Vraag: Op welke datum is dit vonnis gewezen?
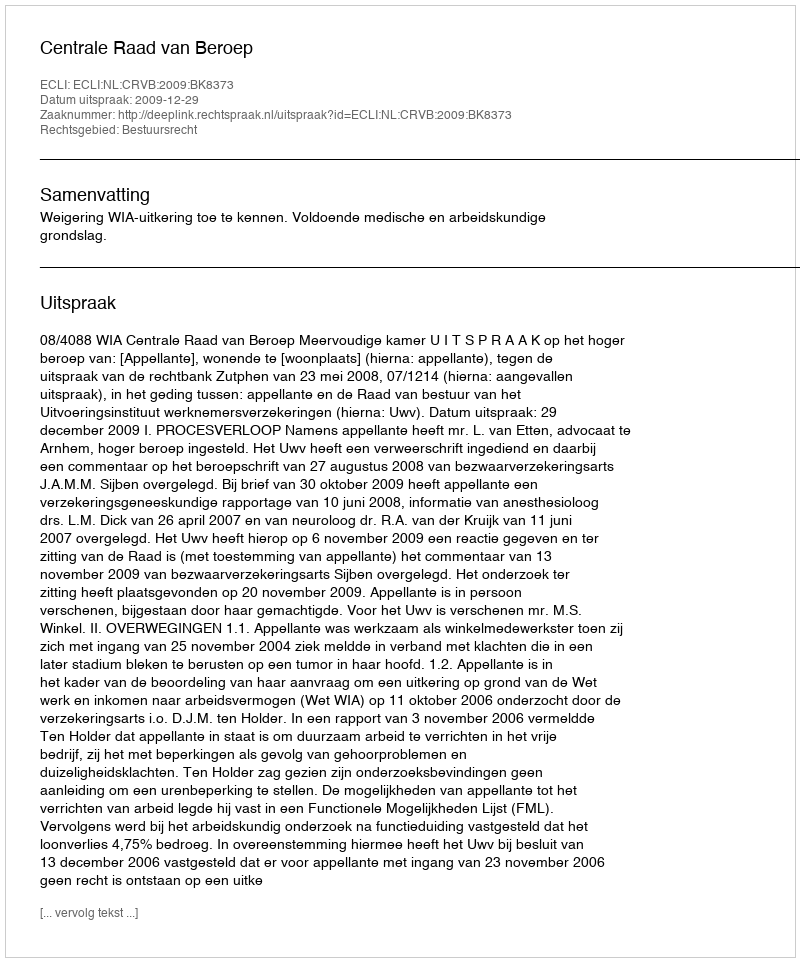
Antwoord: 2009-12-29